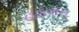
હફમન